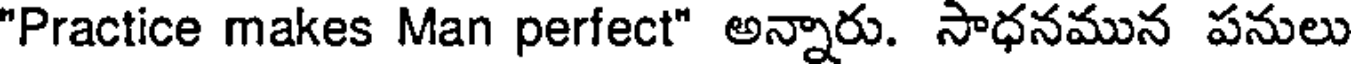
"Practice makes Man perfect" అన్నారు. సాధనమున పనులు